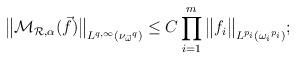
LaTeX: \begin{align*}{\big\|\mathcal{M}_{\mathcal{R},\alpha}(\vec{f})\big\|}_{L^{q,\infty}({\nu_{\vec{\omega} }}^q)} \leq C\prod_{i = 1}^m{\big\|f_i\big\|}_{L^{p_i}({\omega_i}^{p_i})};\end{align*}